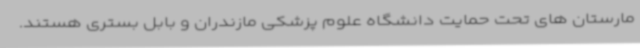
مارستان های تحت حمایت دانشگاه علوم پزشکی مازندران و بابل بستری هستند.